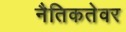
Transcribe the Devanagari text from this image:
नैतिकतेवर